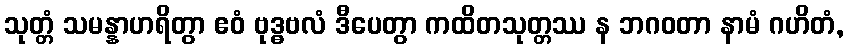
သုတ္တံ သမန္နာဟရိတွာ ဧဝံ ဗုဒ္ဓဗလံ ဒီပေတွာ ကထိတသုတ္တဿ န ဘဂဝတာ နာမံ ဂဟိတံ,